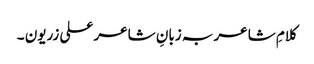
کلامِ شاعر بہ زبانِ شاعر علی زریون ۔